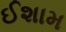
ઈશામ